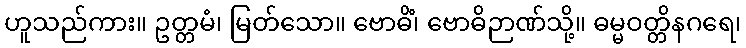
ဟူသည်ကား။ ဥတ္တမံ၊ မြတ်သော။ ဗောဓိံ၊ ဗောဓိဉာဏ်သို့။ ဓမ္မဝတ္တိနဂရေ၊